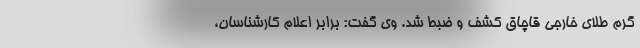
گرم طلای خارجی قاچاق کشف و ضبط شد. وی گفت: برابر اعلام کارشناسان،